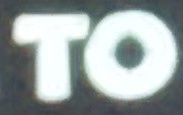
TO